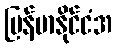
မြန်မာနိုင်ငံအ